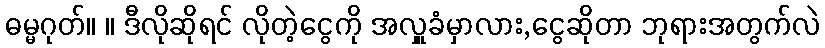
ဓမ္မဂုတ်။ ။ ဒီလိုဆိုရင် လိုတဲ့ငွေကို အလှူခံမှာလား,ငွေဆိုတာ ဘုရားအတွက်လဲ